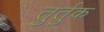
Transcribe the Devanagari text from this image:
तुर्तुक